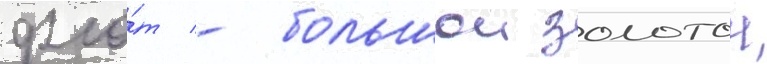
фло́т - большои золотои